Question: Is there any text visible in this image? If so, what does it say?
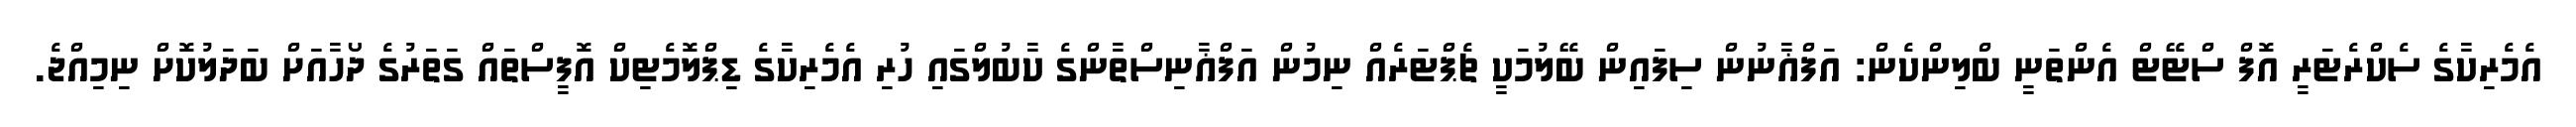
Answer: އެމެރިކާގެ ސެކްރެޓަރީ އޮފް ސްޓޭޓް އެންތަނީ ބްލިންކެން: އަފްޣާނުން ސިފައިން ބޭލުމަކީ ޗެޕްޓަރެއް ނިމުން އަފްޣާނިސްތާންގެ ކާބުލްގައި ހުރި އެމެރިކާގެ ޑިޕްލޮމެޓިކް އޮފީސްތައް ގަތަރުގެ ދޯހާއަށް ބަދަލުކޮށް ނިމިއްޖެ.